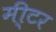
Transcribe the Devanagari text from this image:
मी्टर